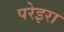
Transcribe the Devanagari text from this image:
परेइरा